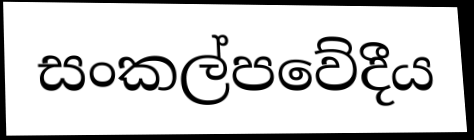
සංකල්පවේදීය